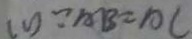
( 1 ) \because A B = A C